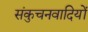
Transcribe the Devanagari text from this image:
संकुचनवादियों